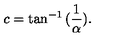
c = \tan ^ { - 1 } { ( \frac { 1 } { \alpha } ) } .